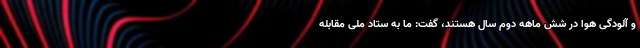
و آلودگی هوا در شش ماهه دوم سال هستند، گفت: ما به ستاد ملی مقابله